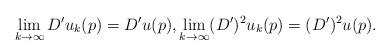
LaTeX: \begin{align*}\lim_{k\to \infty}D' u_k(p) = D' u(p),\lim_{k\to\infty} (D')^2 u_k(p) = (D')^2u(p).\end{align*}